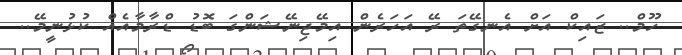
ހޫމް.. ޒައިކް އަށް އެނގޭތަ ރޭ އަހަރެން އިމޭޖިނޭޝަންގަ ބޮޑު ޑްރާމާއެއް ކުޅުނީމޭ..